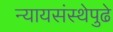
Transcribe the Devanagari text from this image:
न्यायसंस्थेपुढे